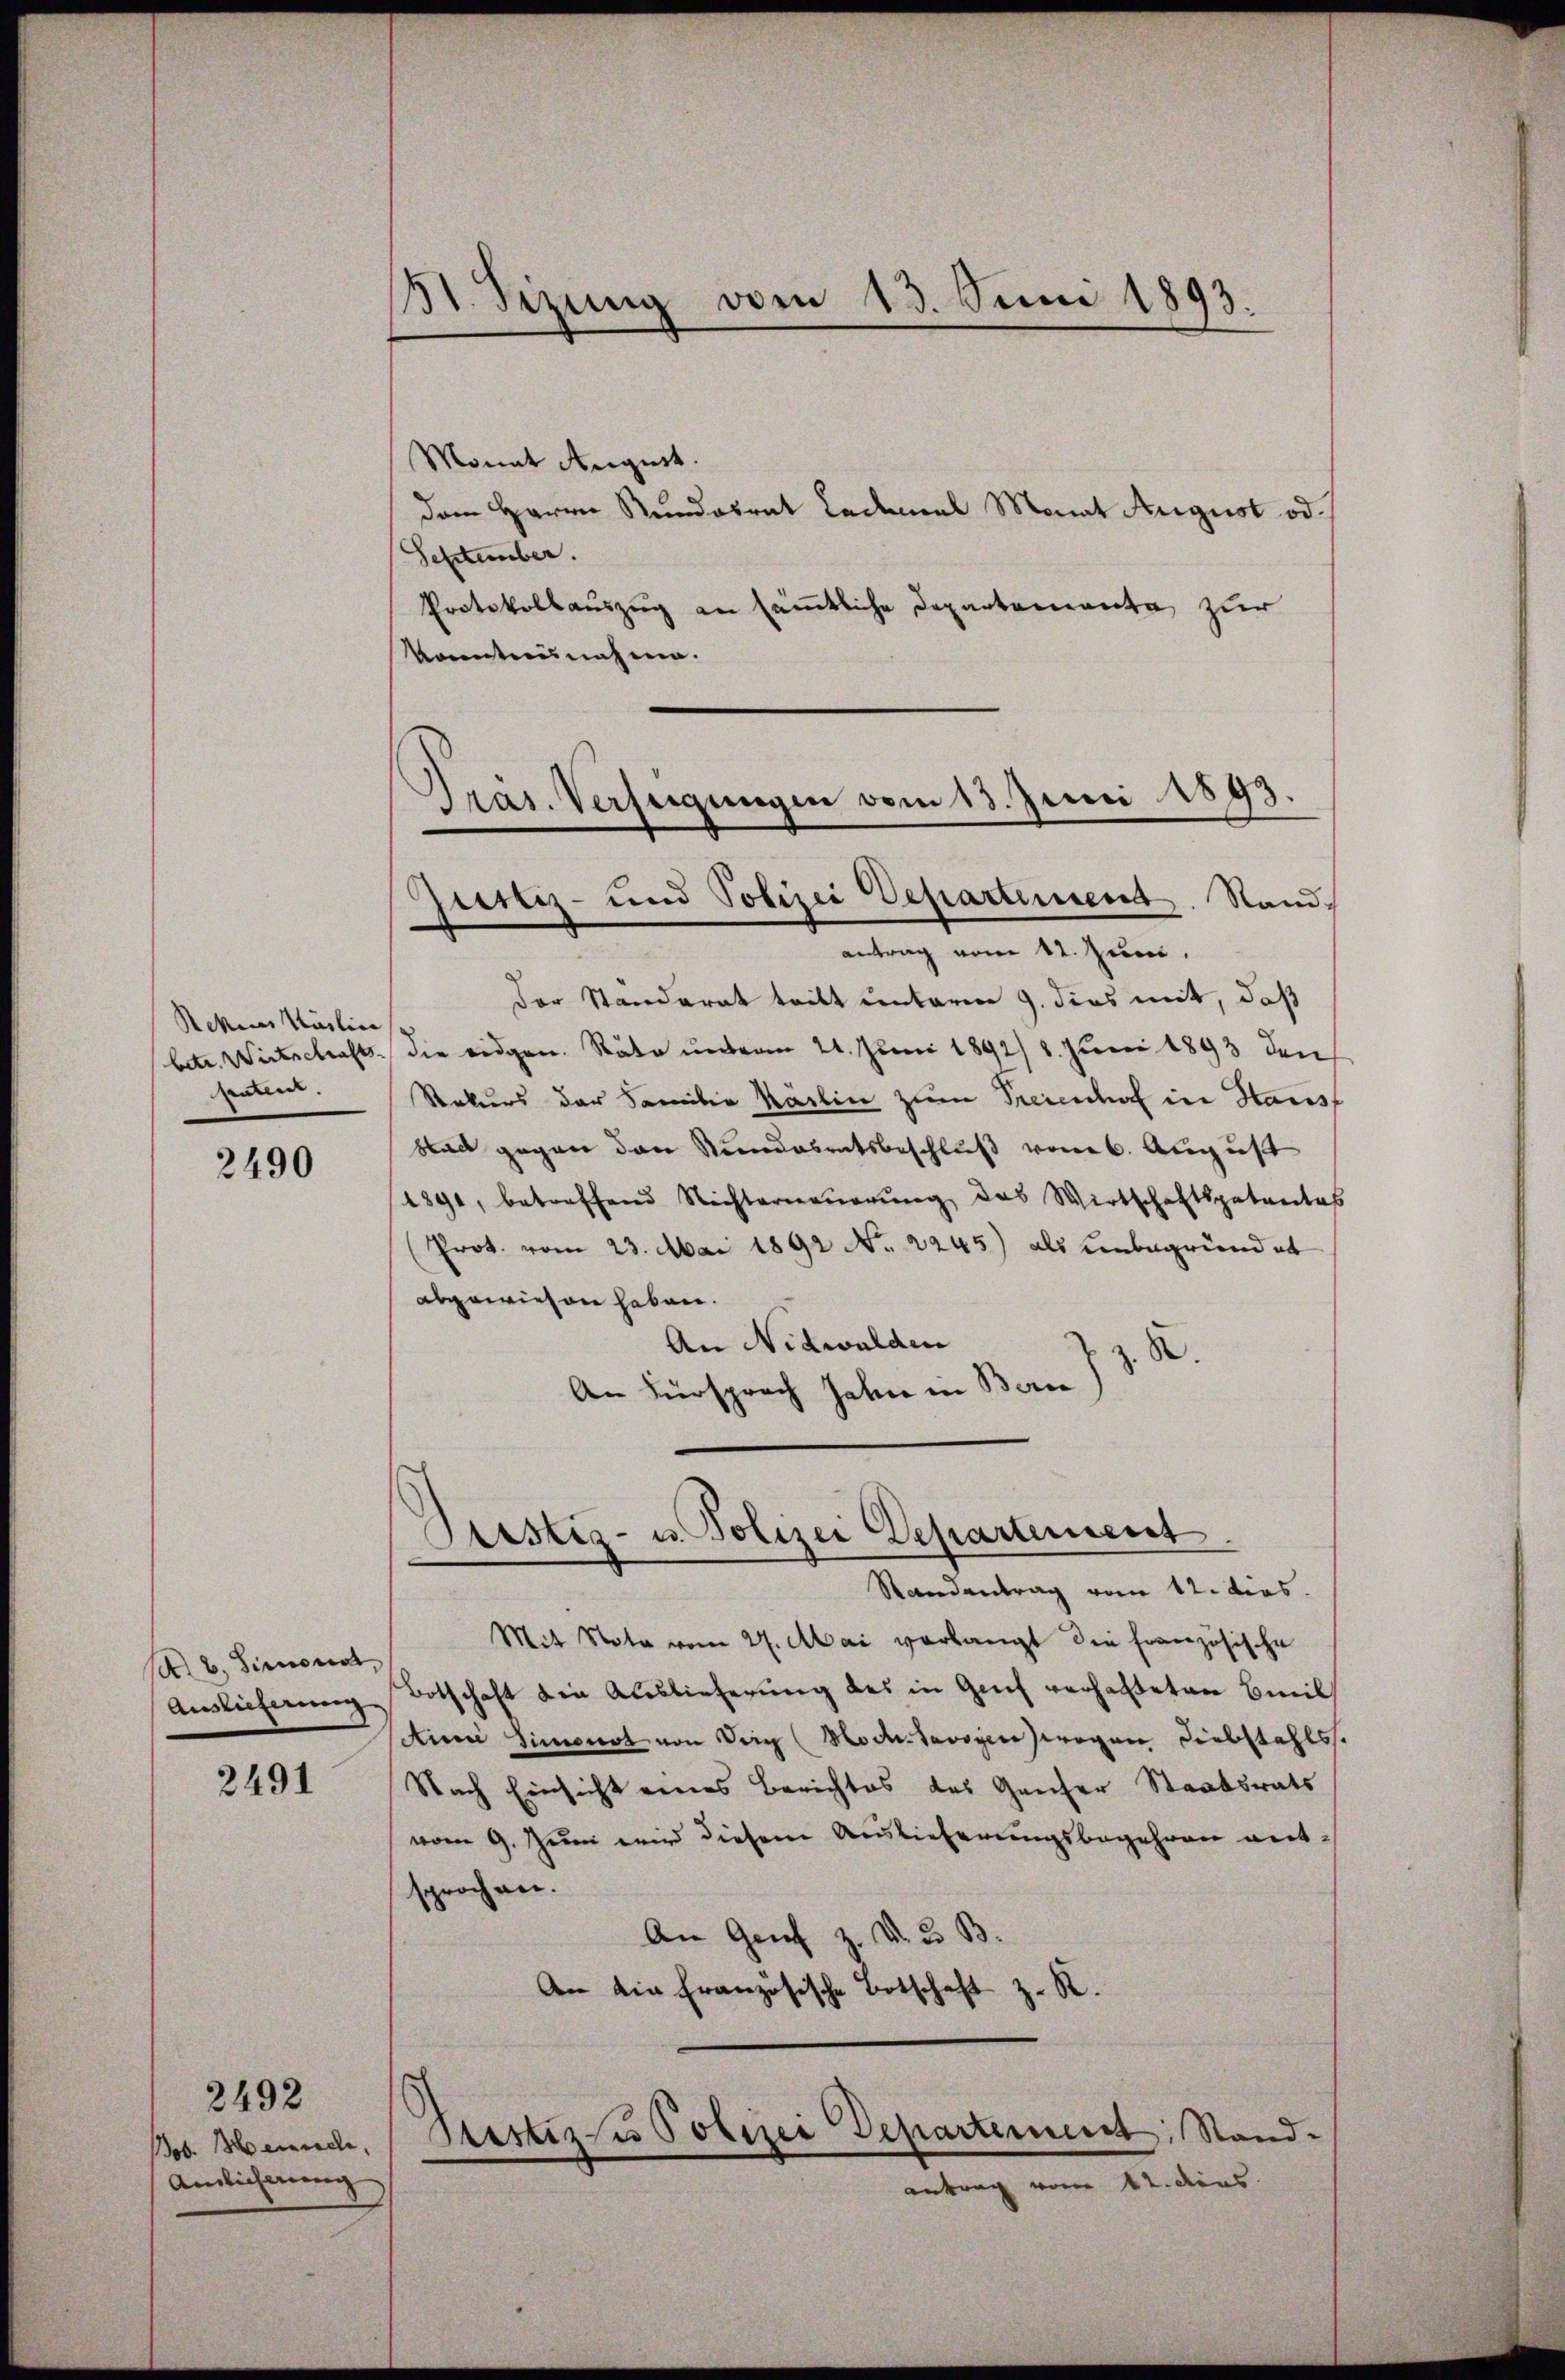
Rekies Käslin
Mallen.

2490

sb. Simonat,

2491

Bob. Zürich,
Amlicherung

2492

St. Sizung vom 13. Juni 1893.

Monat August.
dem Herrn Rundesrat Ladmal Monat August od.
September.
Protokollauszug an sämtliche Departementa zur
kanntnisnahme.
antrag vom 11. Juni.
Der Standerat tritt unterm 9. dies mit, daß
betr. Wirtschaft die eidgen. Räte unterm 21. Juni 1892/ 8. Juni 1893 den
Rekurs der Familie Karlin zum Treienhof in Hausf
Stadt gegen den Stundesratsbeschluß vom 6. August
1891, betreffend Nichterneuerung das Wirtschaftspatentes
(Prot. vom 23. Mai 1892 No 2245) als unbegründet
abgewiesen haben.
An Nidwalden
X.
An Fürsprach Jahre in Bern

Präs. Verfeigungen vom 13. Juni 1893.
Justiz- und Polizei Departement. Stand,

Grestig- u. Polizei Departement

Testiz zu Polizei Departement: Stand¬

Randantrag vom 12. dies.
Mit Nota vom 27. Mai verlangt die französische
Auslieferung, Botschaft die Auslieferung des in Genf verhalteten Beil¬
Ain Simonat von Ding (Modtavoyen wegen Diebstahls.
Nach Einsicht eines Berichtes des Ganzer Staatsrats
vom 9. Juni wird diesem Auslieferungsbegehren entsprochen.
An Genf z. d. 3. B.
An die französische Botschaft z. R.

antrag vom 12. dens.